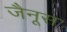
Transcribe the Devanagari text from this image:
जैनूस